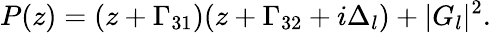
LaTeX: P(z)=(z+\Gamma_{31})(z+\Gamma_{32}+i\Delta_{l})+|G_{l}|^{2}.